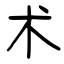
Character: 术